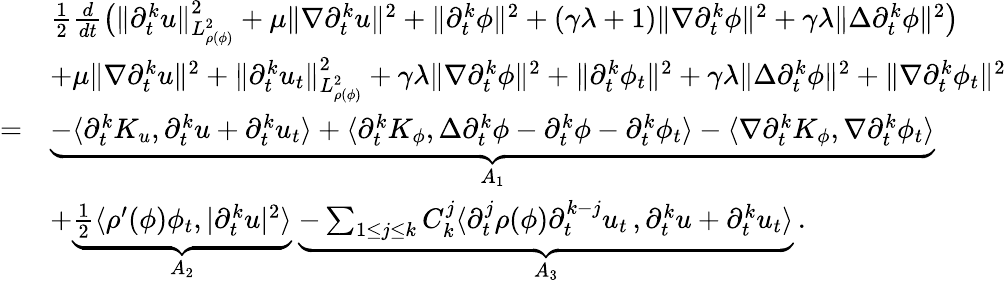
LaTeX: \begin{array}{rl}&{\frac{1}{2}\frac{d}{dt}\big(\| \partial_{t}^{k}u\| _{L_{\rho(\phi)}^{2}}^{2}+\mu\| \nabla\partial_{t}^{k}u\| ^{2}+\| \partial_{t}^{k}\phi\| ^{2}+(\gamma\lambda+1)\| \nabla\partial_{t}^{k}\phi\| ^{2}+\gamma\lambda\| \Delta\partial_{t}^{k}\phi\| ^{2}\big)}\\ &{+\mu\| \nabla\partial_{t}^{k}u\| ^{2}+\| \partial_{t}^{k}u_{t}\| _{L_{\rho(\phi)}^{2}}^{2}+\gamma\lambda\| \nabla\partial_{t}^{k}\phi\| ^{2}+\| \partial_{t}^{k}\phi_{t}\| ^{2}+\gamma\lambda\| \Delta\partial_{t}^{k}\phi\| ^{2}+\| \nabla\partial_{t}^{k}\phi_{t}\| ^{2}}\\ {=}&{\underbrace{-\langle\partial_{t}^{k}K_{u},\partial_{t}^{k}u+\partial_{t}^{k}u_{t}\rangle+\langle\partial_{t}^{k}K_{\phi},\Delta\partial_{t}^{k}\phi-\partial_{t}^{k}\phi-\partial_{t}^{k}\phi_{t}\rangle-\langle\nabla\partial_{t}^{k}K_{\phi},\nabla\partial_{t}^{k}\phi_{t}\rangle}_{A_{1}}}\\ &{+\underbrace{\frac{1}{2}\langle\rho^{\prime}(\phi)\phi_{t},|\partial_{t}^{k}u|^{2}\rangle}_{A_{2}}\ \underbrace{-\sum_{1\leq j\leq k}C_{k}^{j}\langle\partial_{t}^{j}\rho(\phi)\partial_{t}^{k-j}u_{t}\, ,\partial_{t}^{k}u+\partial_{t}^{k}u_{t}\rangle}_{A_{3}}\, .}\end{array}